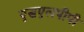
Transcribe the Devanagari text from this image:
एसएलपीपी